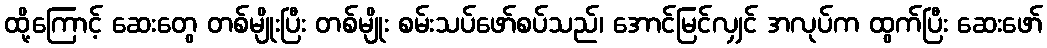
ထို့ကြောင့် ဆေးတွေ တစ်မျိုးပြီး တစ်မျိုး စမ်းသပ်ဖော်စပ်သည်၊ အောင်မြင်လျှင် အလုပ်က ထွက်ပြီး ဆေးဖော်